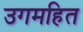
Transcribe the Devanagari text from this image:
उगमहित